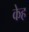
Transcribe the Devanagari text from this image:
केह